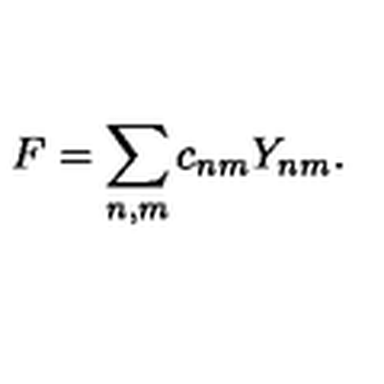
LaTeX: F = \sum _ { n , m } c _ { n m } Y _ { n m } .